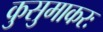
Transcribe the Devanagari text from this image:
कुसुमाकरः